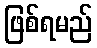
ဖြစ်ရမည်